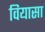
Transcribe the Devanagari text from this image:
वियासा